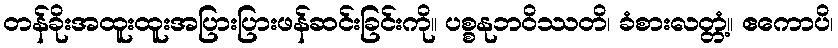
တန်ခိုးအထူးထူးအပြားပြားဖန်ဆင်းခြင်းကို။ ပစ္စနုဘဝိဿတိ၊ ခံစားလတ္တံ့။ ဧကောပိ၊